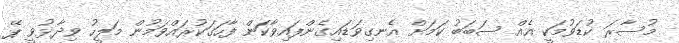
މުސާރަ ކުޑަވުމަކީ އެއް ސަބަބު ކަމަށް އެނގިވަޑައިގެންފައިވާކަން ފާހަގަކުރައްވަމުން މަލީހު ވިދާޅުވީ ޕޭ